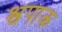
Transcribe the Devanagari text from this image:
श्वपाक